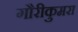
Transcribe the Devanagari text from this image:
गौरीकुमरा